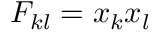
F _ { k l } = x _ { k } x _ { l }